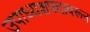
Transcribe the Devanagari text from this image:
उपाध्यक्षपदावरून